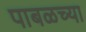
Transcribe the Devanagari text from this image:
पाबळच्या